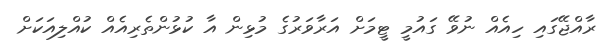
ރާއްޖޭގައި ހިއެއް ނުވޭ ގައުމީ ޓީމަށް އަރާވަރުގެ މުޅިން އާ ކުޅުންތެރިއެއް ކުއްލިއަކަށް